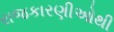
રાજકારણીઓથી